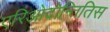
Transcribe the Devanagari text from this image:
एरिओदोन्तितिस